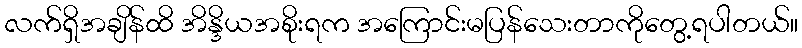
လက်ရှိအချိန်ထိ အိန္ဒိယအစိုးရက အကြောင်းမပြန်သေးတာကိုတွေ့ရပါတယ်။